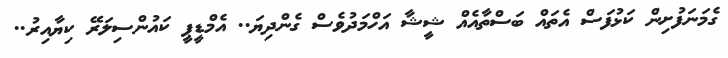
ގެމަނަފުށިން ކަޅުފަސް އެތައް ބަސްތާއެއް ޝީޝާ އަހްމަދުވެސް ގެންދިޔަ.. އެމްޑީޕީ ކައުންސިލަރޭ ކިޔާއިރު..